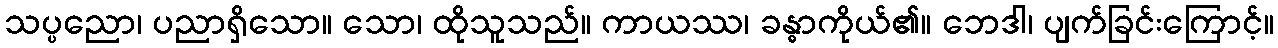
သပ္ပညော၊ ပညာရှိသော။ သော၊ ထိုသူသည်။ ကာယဿ၊ ခန္ဓာကိုယ်၏။ ဘေဒါ၊ ပျက်ခြင်းကြောင့်။